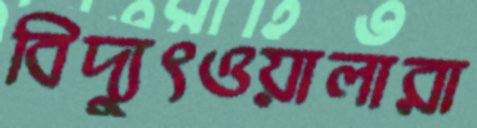
বিদ্যুৎওয়ালারা